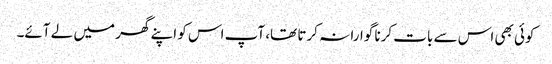
کوئی بھی اس سے بات کرنا گوارا نہ کرتا تھا، آپ اس کو اپنے گھر میں لے آئے۔